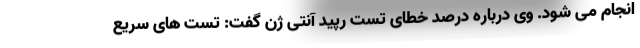
انجام می شود. وی درباره درصد خطای تست رپید آنتی ژن گفت: تست های سریع